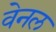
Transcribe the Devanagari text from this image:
वेनल